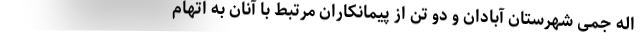
اله جمی شهرستان آبادان و دو تن از پیمانکاران مرتبط با آنان به اتهام